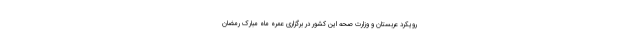
رویکرد عربستان و وزارت صحه این کشور در برگزاری عمره ماه مبارک رمضان